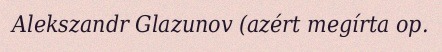
Alekszandr Glazunov (azért megírta op.